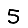
Digit: 5